Report on vaccination in the Province of Bengal - 1869-1873
Year: 1869
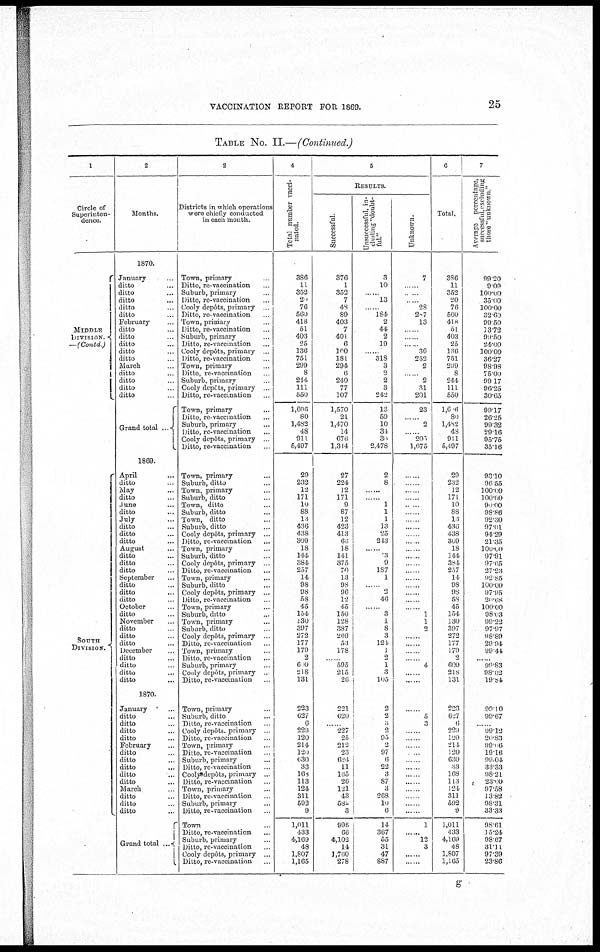
VACCINATION REPORT FOR 1869.
25
TABLE No. II.—(Continued.)
1
Circle of
Superinten-
dence.
MIDDLE
DIVISION.
—(Contd)
SOUTH
DIVISION.
2
Months.
1870.
January ...
ditto ...
ditto ...
ditto ...
ditto ...
ditto ...
February ...
ditto ...
ditto ...
ditto ...
ditto ...
ditto ...
March ...
ditto ...
ditto ...
ditto ...
ditto ...
Grand total .
1869.
April ...
ditto ...
May ...
ditto ...
June ...
ditto ...
July ...
ditto ...
ditto ...
ditto ...
August ...
ditto ...
ditto ...
ditto ...
September ...
ditto ...
ditto ...
ditto ...
October ...
ditto ...
November ...
ditto ...
ditto ...
ditto ...
December ...
ditto ...
ditto ...
ditto ...
ditto ...
1870.
January ...
ditto ...
ditto ...
ditto ...
ditto ...
February ...
ditto ...
ditto ...
ditto ...
ditto ...
ditto ...
March ...
ditto ...
ditto ...
ditto ...
Grand total ...
2
Districts in which operations
were chiefly conducted
in each month.
Town, primary ...
Ditto, re-vaccination ...
Suburb, primary ...
Ditto, re-vaccination ...
Cooly depôts, primary ...
Ditto, re-vaccination ...
Town, primary ...
Ditto, re-vaccination ...
Suburb, primary ...
Ditto, re-vaccination ...
Cooly depôts, primary ...
Ditto, re-vaccination ...
Town, primary ...
Ditto, re-vaccination ...
Suburb, primary ...
Cooly depôts, primary ...
Ditto, re-vaccination ...
Town, primary ...
Ditto, re vaccination ...
Suburb, primary ...
Ditto, re-vaccination ...
Cooly depôts, primary ...
Ditto, re-vaccination ...
Town, primary ...
Suburb, ditto ...
Town, primary ...
Suburb, ditto ...
Town, ditto ...
Suburb, ditto ...
Town, ditto ...
Suburb, ditto ...
Cooly depôts, primary ...
Ditto, re-vaccination ...
Town, primary ...
Suburb, ditto ...
Cooly depôts, primary ...
Ditto, re-vaccination ...
Town, primary ...
Suburb, ditto ...
Cooly depôts, primary ...
Ditto, re-vaccination ...
Town, primary ...
Suburb, ditto ...
Town, primary ...
Suburb, ditto ...
Cooly depôts, primary ...
Ditto, re-vaccination ...
Town, primary ...
Ditto, re-vaccination ...
Suburb, primary ...
Cooly depôts, primary ...
Ditto, re-vaccination ...
Town, primary ...
Suburb, ditto ...
Ditto, re-vaccination ...
Cooly depôts. primary ...
Ditto, re-vaccination ...
Town, primary ...
Ditto, re-vaccination ...
Suburb, primary ...
Ditto, re-vaccination ...
Cooly depôts, primary ...
Ditto, re-vaccination ...
Town, primary ...
Ditto, re-vaccination ...
Suburb, primary ...
Ditto, re-vaccination ...
Town ...
Ditto, re-vaccination ...
Suburb, primary ...
Ditto, re-vaccination
Cooly depôts, primary ...
Ditto, re-vaccination ...
4
Total number vacci-
nated.
386
11
352
29
76
560
418
51
403
25
136
751
299
8
244
111
550
1,606
80
1,482
48
911
5,497
29
232
12
171
10
88
13
436
438
309
18
144
384
257
14
98
98
58
45
154
130
397
272
177
179
2
600
318
131
223
627
6
229
120
214
120
630
33
168
113
124
311
592
9
1,011
433
4,169
48
1,807
1,165
5
RESULTS.
Successful.
376
1
352
7
48
89
403
7
401
6
100
181
294
6
240
77
107
1,570
21
1,470
14
676
1,314
27
224
12
171
9
87
12
423
413
66
18
141
375
70
13
98
96
12
45
150
128
387
269
53
178
...
595
215
26
221
620
......
227
25
212
23
624
11
165
26
131
43
582
3
996
66
4,103
14
1,760
278
Unsuccessful, in-
cluding "doubt-
ful."
3
10
......
13
......
184
2
44
2
19
...
318
3
2
2
3
212
13
59
10
34
30
2,478
2
8
...
1
1
1
13
25
243
...
3
9
187
1
..
2
46
...
3
1
8
3
124
1
2
1
3
105
2
2
0
2
95
2
97
6
22
3
87
3
268
10
6
14
367
55
31
47
887
Unknown.
7
......
......
......
28
287
13
......
......
...... 36
252
2
......
2
31
201
23
...... 2
......
205
1,675
......
......
......
......
......
......
......
......
......
......
......
......
......
......
......
......
......
......
......
1
1
2
......
......
......
......
4
......
......
......
5
3
......
......
......
...... ......
......
......
......
......
......
......
......
1
......
12
3
......
......
6
Total.
386
11
352
20
76
500
418
51
403
25
136
751
299
8
244
111
550
l,606
80
1,482
48
911
5,197
29
282
12
171
10
88
13
436
438
309
18
144
384
257
14
98
98
58
45
154
130
397
272
177
179
2
600
218
131
223
627
6
229
120
211
120
630
33
168
113
124
311
592
9
1,011
433
4,169
48
1,807
1,165
7
Average percentage,
successful, excluding
those "unknown"
99.20
9.09
100.00
35.00
100.00
32.60
99.50
13.72
99.50
24.00
100.00
36.27
98.98
75.00
99.17
96.25
30.65
99.17
26.25
99.32
29.16
95.75
35.16
93.10
96.55
100.00
100.00
90.00
98.86
92.30
97.01
94.29
21.35
100.00
97.91
97.65
27.23
92.85
100.00
97.95
20.68
100.00
98.03
99.22
97.97
98.89
29.94
99.44
......
99.83
98.62
19.84
99.10
99.67
. 99.12
20.83
99.06
19.16
99.04
33.33
98.21
23.00
97.58
13.82
98.31
33.33
98.61
15.24
98.67
31.11
97.39
23.86
g